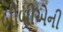
બીબીએની